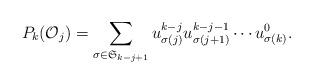
LaTeX: \begin{align*} P_k(\mathcal{O}_j)=\sum_{\sigma \in \mathfrak{S}_{k-j+1}} u^{k-j}_{\sigma(j)}u^{k-j-1}_{\sigma(j+1)}\cdots u^0_{\sigma(k)}. \end{align*}